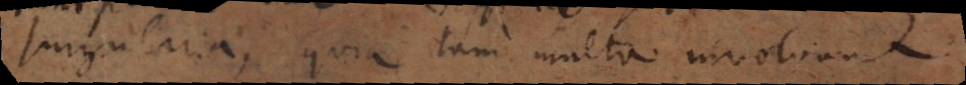
singularia, quia tam multa involvunt.